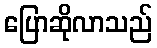
ပြောဆိုလာသည်